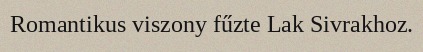
Romantikus viszony fűzte Lak Sivrakhoz.